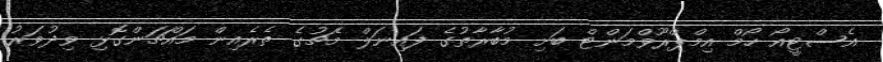
އެސްޓީއޯ ހޯމް އިމްޕްރޫވްމަންޓް ބަށި މުބާރާތުގެ ފައިނަލް މެޗުގެ ތެރެއިން މައްޗަންގޮޅި ވިދުވަރު